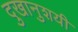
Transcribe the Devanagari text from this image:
दुखानुशयी